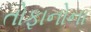
તોફાનોના